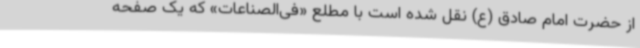
از حضرت امام صادق (ع) نقل شده است با مطلع «فی‌الصناعات» که یک صفحه